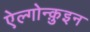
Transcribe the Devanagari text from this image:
ऐल्गोन्क़ुइन